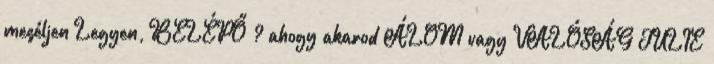
meséljen Legyen, BELÉPŐ ? ahogy akarod ÁLOM vagy VALÓSÁG JULIE